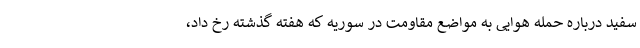
سفید درباره حمله هوایی به مواضع مقاومت در سوریه که هفته گذشته رخ داد،